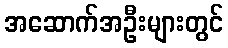
အဆောက်အဦးများတွင်